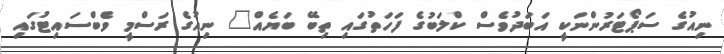
ނިއުގެ ސަޕޯޓަރުންނަކީ އަބަދުވެސް ކްލަބުގެ ފަހަތުގައި ތިބޭ ބަޔެއް" ނިއުގެ ރަސްމީ ވެބްސައިޓުގައި